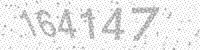
Solution: 164147